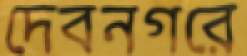
দেবনগরে